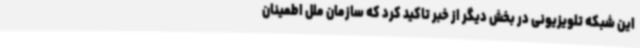
این شبکه تلویزیونی در بخش دیگر از خبر تاکید کرد که سازمان ملل اطمینان